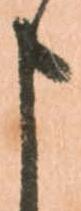
申